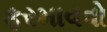
ફરમાવવો